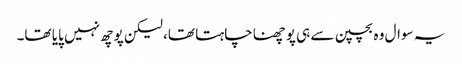
یہ سوال وہ بچپن سے ہی پوچھنا چاہتا تھا، لیکن پوچھ نہیں پایا تھا۔